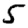
Digit: 5